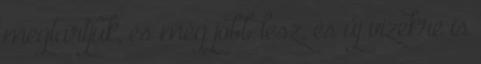
megtartjuk, és még jobb lesz, és új vizekre is